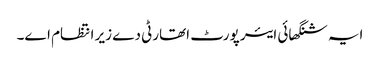
ایہ شنگھائی ایئر پورٹ اتھارٹی دے زیر انتظام ا‏‏ے۔